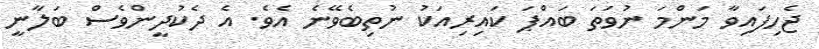
ޖެހިފައިވާ މަންމަ ނުވަތަ ބައްޕަ ކައިރިއަކު ނުތިބެވޭނެ އެވެ. އެ ދެކުދީންވެސް ބަލާނީ